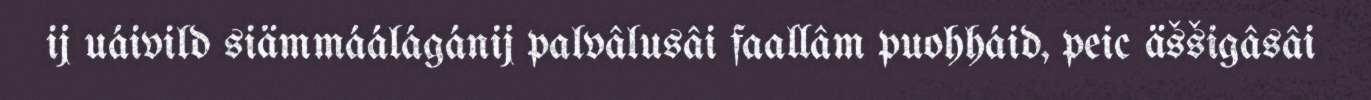
ij uáivild siämmáálágánij palvâlusâi faallâm puohháid, peic äššigâsâi